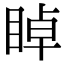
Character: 𥇍